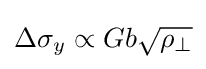
\Delta \sigma _{y}\propto {Gb{\sqrt {\rho _{\perp }}}}